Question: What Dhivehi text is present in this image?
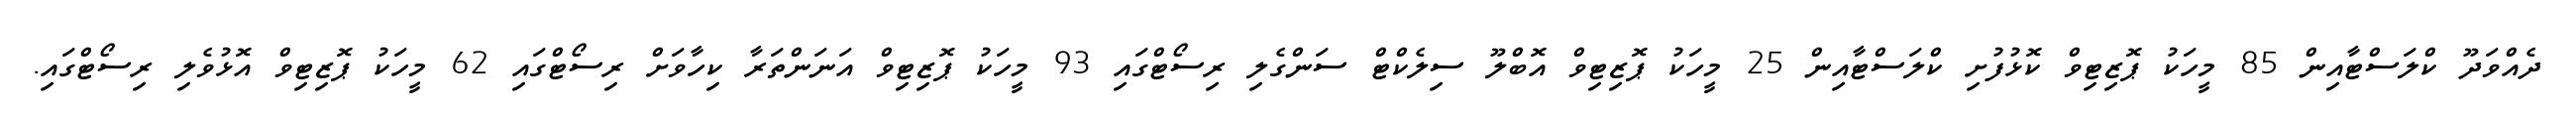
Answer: ދެއްވަދޫ ކްލަސްޓާއިން 85 މީހަކު ޕޮޒިޓިވް ކޮޅުފުށި ކްލަސްޓާއިން 25 މީހަކު ޕޮޒިޓިވް އޮބްލޫ ސިލެކްޓް ސަންގެލި ރިސޯޓްގައި 93 މީހަކު ޕޮޒިޓިވް އަނަންތަރާ ކިހާވަށް ރިސޯޓްގައި 62 މީހަކު ޕޮޒިޓިވް އޮޅުވެލި ރިސޯޓްގައި.